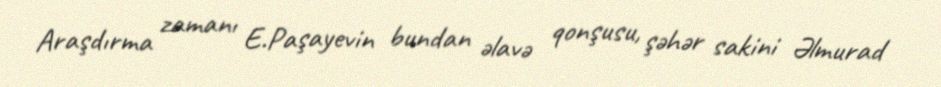
Araşdırma zamanı E.Paşayevin bundan əlavə qonşusu, şəhər sakini Əlmurad